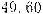
49.60